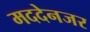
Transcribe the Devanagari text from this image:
मददेनजर